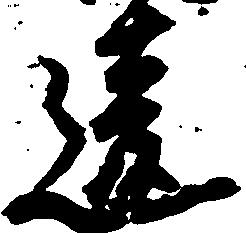
違